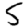
Digit: 5